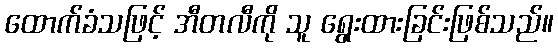
ထောက်ခံသဖြင့် အီတလီကို သူ ရွေးထားခြင်းဖြစ်သည်။